Leaving Certificate Examination, 1918
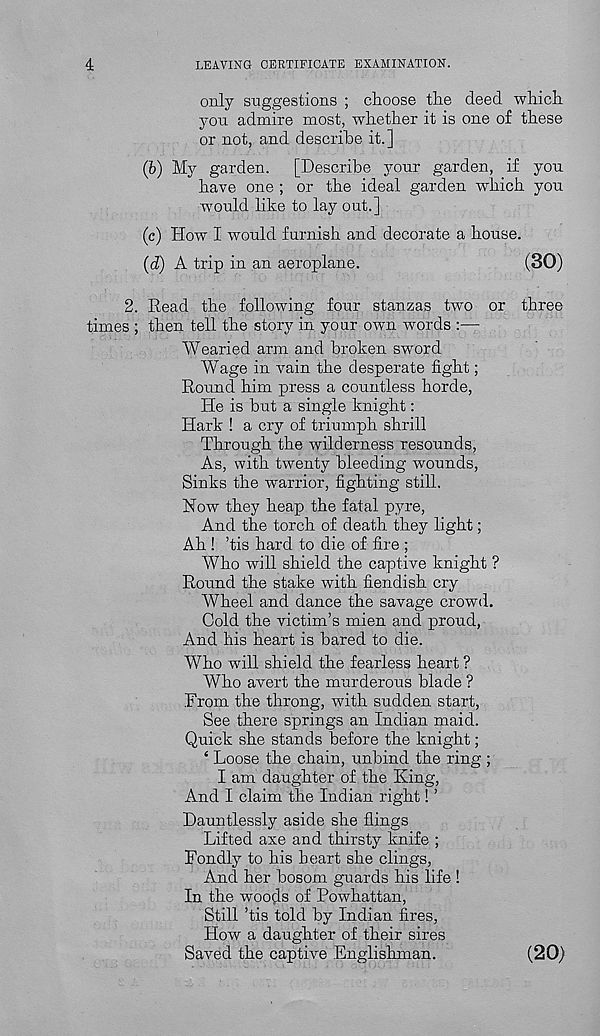
4
LEAVING CERTIFICATE EXAMINATION.
only suggestions ; choose the deed which
you admire most, whether it is one of these
or not, and describe it.]
(b) My garden. [Describe your garden, if you
have one ; or the ideal garden which you
would like to lay out.]
(c) How I would furnish and decorate a house.
(d) A trip in an aeroplane.
(30)
2. Read the following four stanzas two or three
times ; then tell the story in your own words :—
Wearied arm and broken sword
Wage in vain the desperate fight;
Round him press a countless horde,
He is but a single knight:
Hark ! a cry of triumph shrill
Through the wilderness resounds,
As, with twenty bleeding wounds,
Sinks the warrior, fighting still.
Now they heap the fatal pyre,
And the torch of death they light;
Ah ! ’tis hard to die of fire ;
Who will shield the captive knight ?
Round the stake with fiendish cry
Wheel and dance the savage crowd.
Cold the victim’s mien and proud,
And his heart is bared to die.
Who will shield the fearless heart ?
Who avert the murderous blade ?
From the throng, with sudden start,
See there springs an Indian maid.
Quick she stands before the knight;
4 Loose the chain, unbind the ring ;
I am daughter of the King,
And I claim the Indian right! ’
Dauntlessly aside she flings
Lifted axe and thirsty knife ;
Fondly to his heart she clings,
And her bosom guards his life !
In the woods of Powhattan,
Still ’tis told by Indian fires,
How a daughter of their sires
Saved the captive Englishman.
(20)